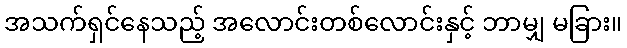
အသက်ရှင်နေသည့် အလောင်းတစ်လောင်းနှင့် ဘာမျှ မခြား။